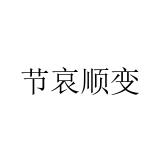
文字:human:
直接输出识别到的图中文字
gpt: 节哀顺变